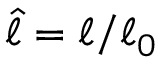
\hat { \ell } = \ell / \ell _ { 0 }